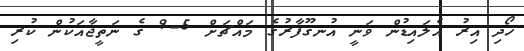
ހޯދި އިރު އެލައިޑުން ވަނީ އުނގޫފާރުގެ މައްޗަށް 5-9 ގެ ނަތީޖާއަކުން ކުރި